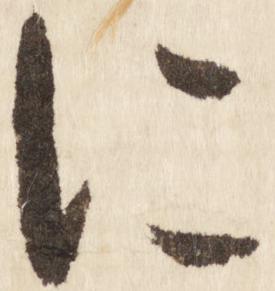
に